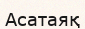
Асатаяқ